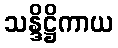
သန္ဒိဋ္ဌိကာယ